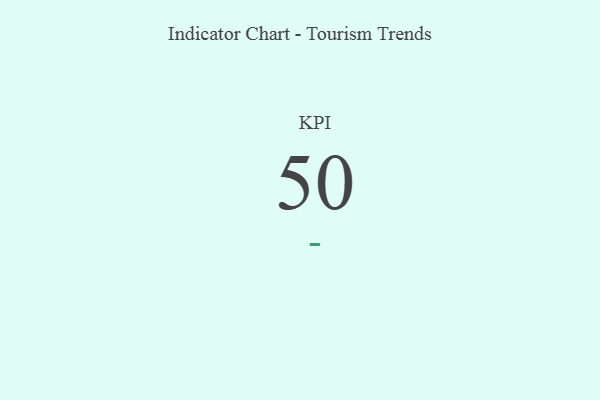
{"axis": {"x": "KPI", "y": "Value"}, "legend": [""], "data": [{"x": "KPI", "y": 50, "type": ""}]}